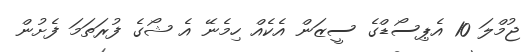
ޖުމްލަ 10 އެޕިސޯޑްގެ ސީޒަން އެކެއް ހިމެނޭ އެ ޝޯގެ ފުރަތަމަ ފެށުން